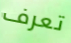
تعرف